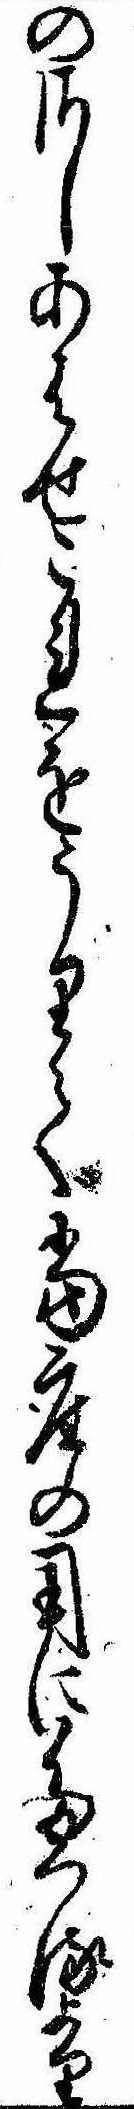
のさしあはせこれをうりて当座の用にたつるより